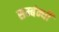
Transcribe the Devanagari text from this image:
सम्बंन्धी